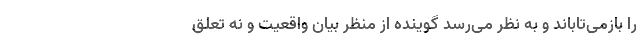
را بازمی‌تاباند و به نظر می‌رسد گوینده از منظر بیان واقعیت و نه تعلق